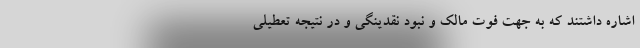
اشاره داشتند که به جهت فوت مالک و نبود نقدینگی و در نتیجه تعطیلی